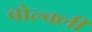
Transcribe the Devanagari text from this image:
बोल्क्ली